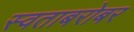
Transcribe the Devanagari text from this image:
स्वताबरोबर